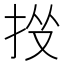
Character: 𢫹